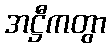
အဋ္ဌီကတွာ